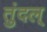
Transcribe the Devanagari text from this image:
तुंदल्